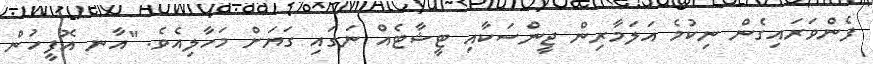
ފެންވަރައިގެން ނިކުމެ އަލަމާރިން ޖީންސަކާއި ޓީޝާޓެއް ނަގައި ގަޔަށް މަހާލިއެވެ. "އާނ އޮފީހުން